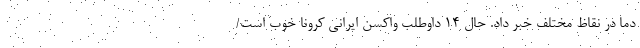
دما در نقاظ مختلف خبر داد. حال ۱۴ داوطلب واکسن ایرانی کرونا خوب است/